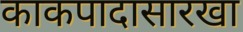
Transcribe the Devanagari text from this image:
काकपादासारखा